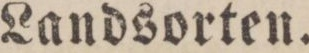
3:o att erſättningen af betalande patienter ſkall wid